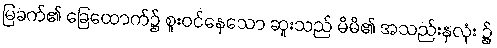
မြခက်၏ ခြေထောက်၌ စူးဝင်နေသော ဆူးသည် မိမိ၏ အသည်းနှလုံး ၌